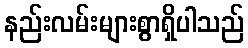
နည်းလမ်းများစွာရှိပါသည်